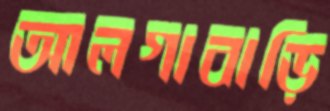
আলগাবাড়ি